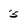
Character: 5